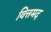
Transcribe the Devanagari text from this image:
वित्तमद